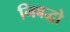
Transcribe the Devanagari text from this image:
निबद्धो